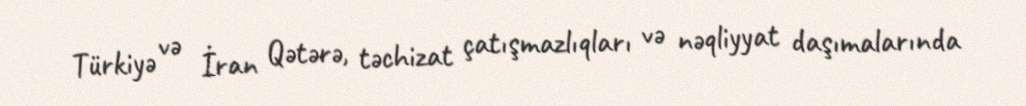
Türkiyə və İran Qətərə, təchizat çatışmazlıqları və nəqliyyat daşımalarında